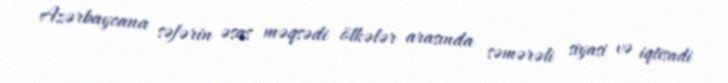
Azərbaycana səfərin əsas məqsədi ölkələr arasında səmərəli siyasi və iqtisadi